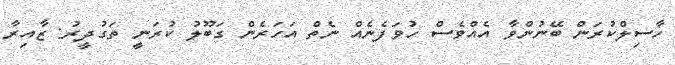
ހާސިލްކުރަން ބޭނުންވާ އެއްވެސް ހުވަފެނެއް ނެތް އަހަރެން ގަބޫލު ކުރަނީ ތަގުދީރު: ޒާއިރާ